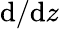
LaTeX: \mathrm{d}/\mathrm{d}z